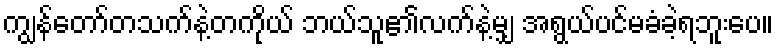
ကျွန်တော်တသက်နဲ့တကိုယ် ဘယ်သူ၏လက်နဲ့မျှ အရွယ်ပင်မခံခဲ့ရဘူးပေ။